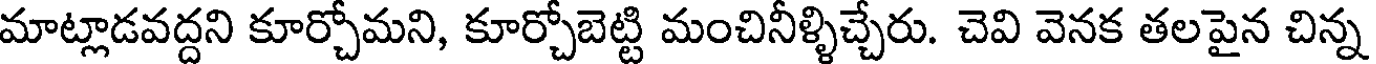
మాట్లాడవద్దని కూర్చోమని, కూర్చోబెట్టి మంచినీళ్ళిచ్చేరు. చెవి వెనక తలపైన చిన్న